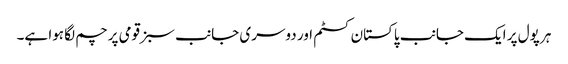
ہر پول پر ایک جانب پاکستان کسٹم اور دوسری جانب سبز قومی پرچم لگا ہوا ہے۔